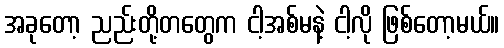
အခုတော့ ညည်းတို့တတွေက ငါ့အစ်မနဲ့ ငါ့လို ဖြစ်တော့မယ်။